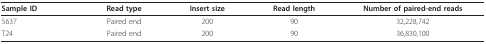
<table><thead><tr><td><b>Sample ID</b></td><td><b>Read type</b></td><td><b>Insert size</b></td><td><b>Read length</b></td><td><b>Number of paired-end reads</b></td></tr></thead><tbody><tr><td>5637</td><td>Paired end</td><td>200</td><td>90</td><td>32,228,742</td></tr><tr><td>T24</td><td>Paired end</td><td>200</td><td>90</td><td>36,830,100</td></tr></tbody></table>